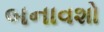
બનાવશો